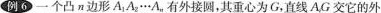
例6 一个凸n边形A_1A_2…A_n、有外接圆，其重心为G，直线A,G交它的外